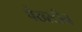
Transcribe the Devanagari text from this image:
पेख्स्टीन